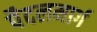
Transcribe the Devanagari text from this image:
पैदलमार्ग